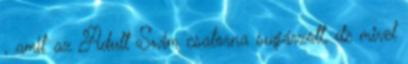
, amit az Adult Swim csatorna sugárzott, de mivel